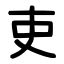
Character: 吏